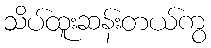
သိပ်ထူးဆန်းတယ်ကွ